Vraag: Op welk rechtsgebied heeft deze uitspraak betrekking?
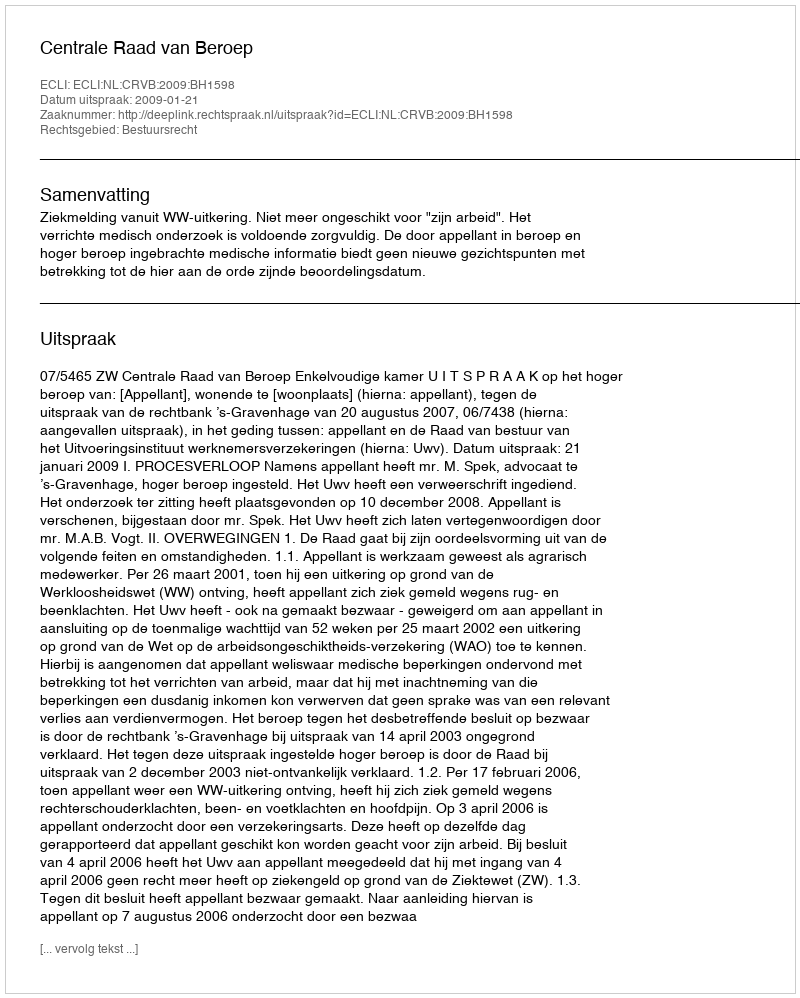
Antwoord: Bestuursrecht